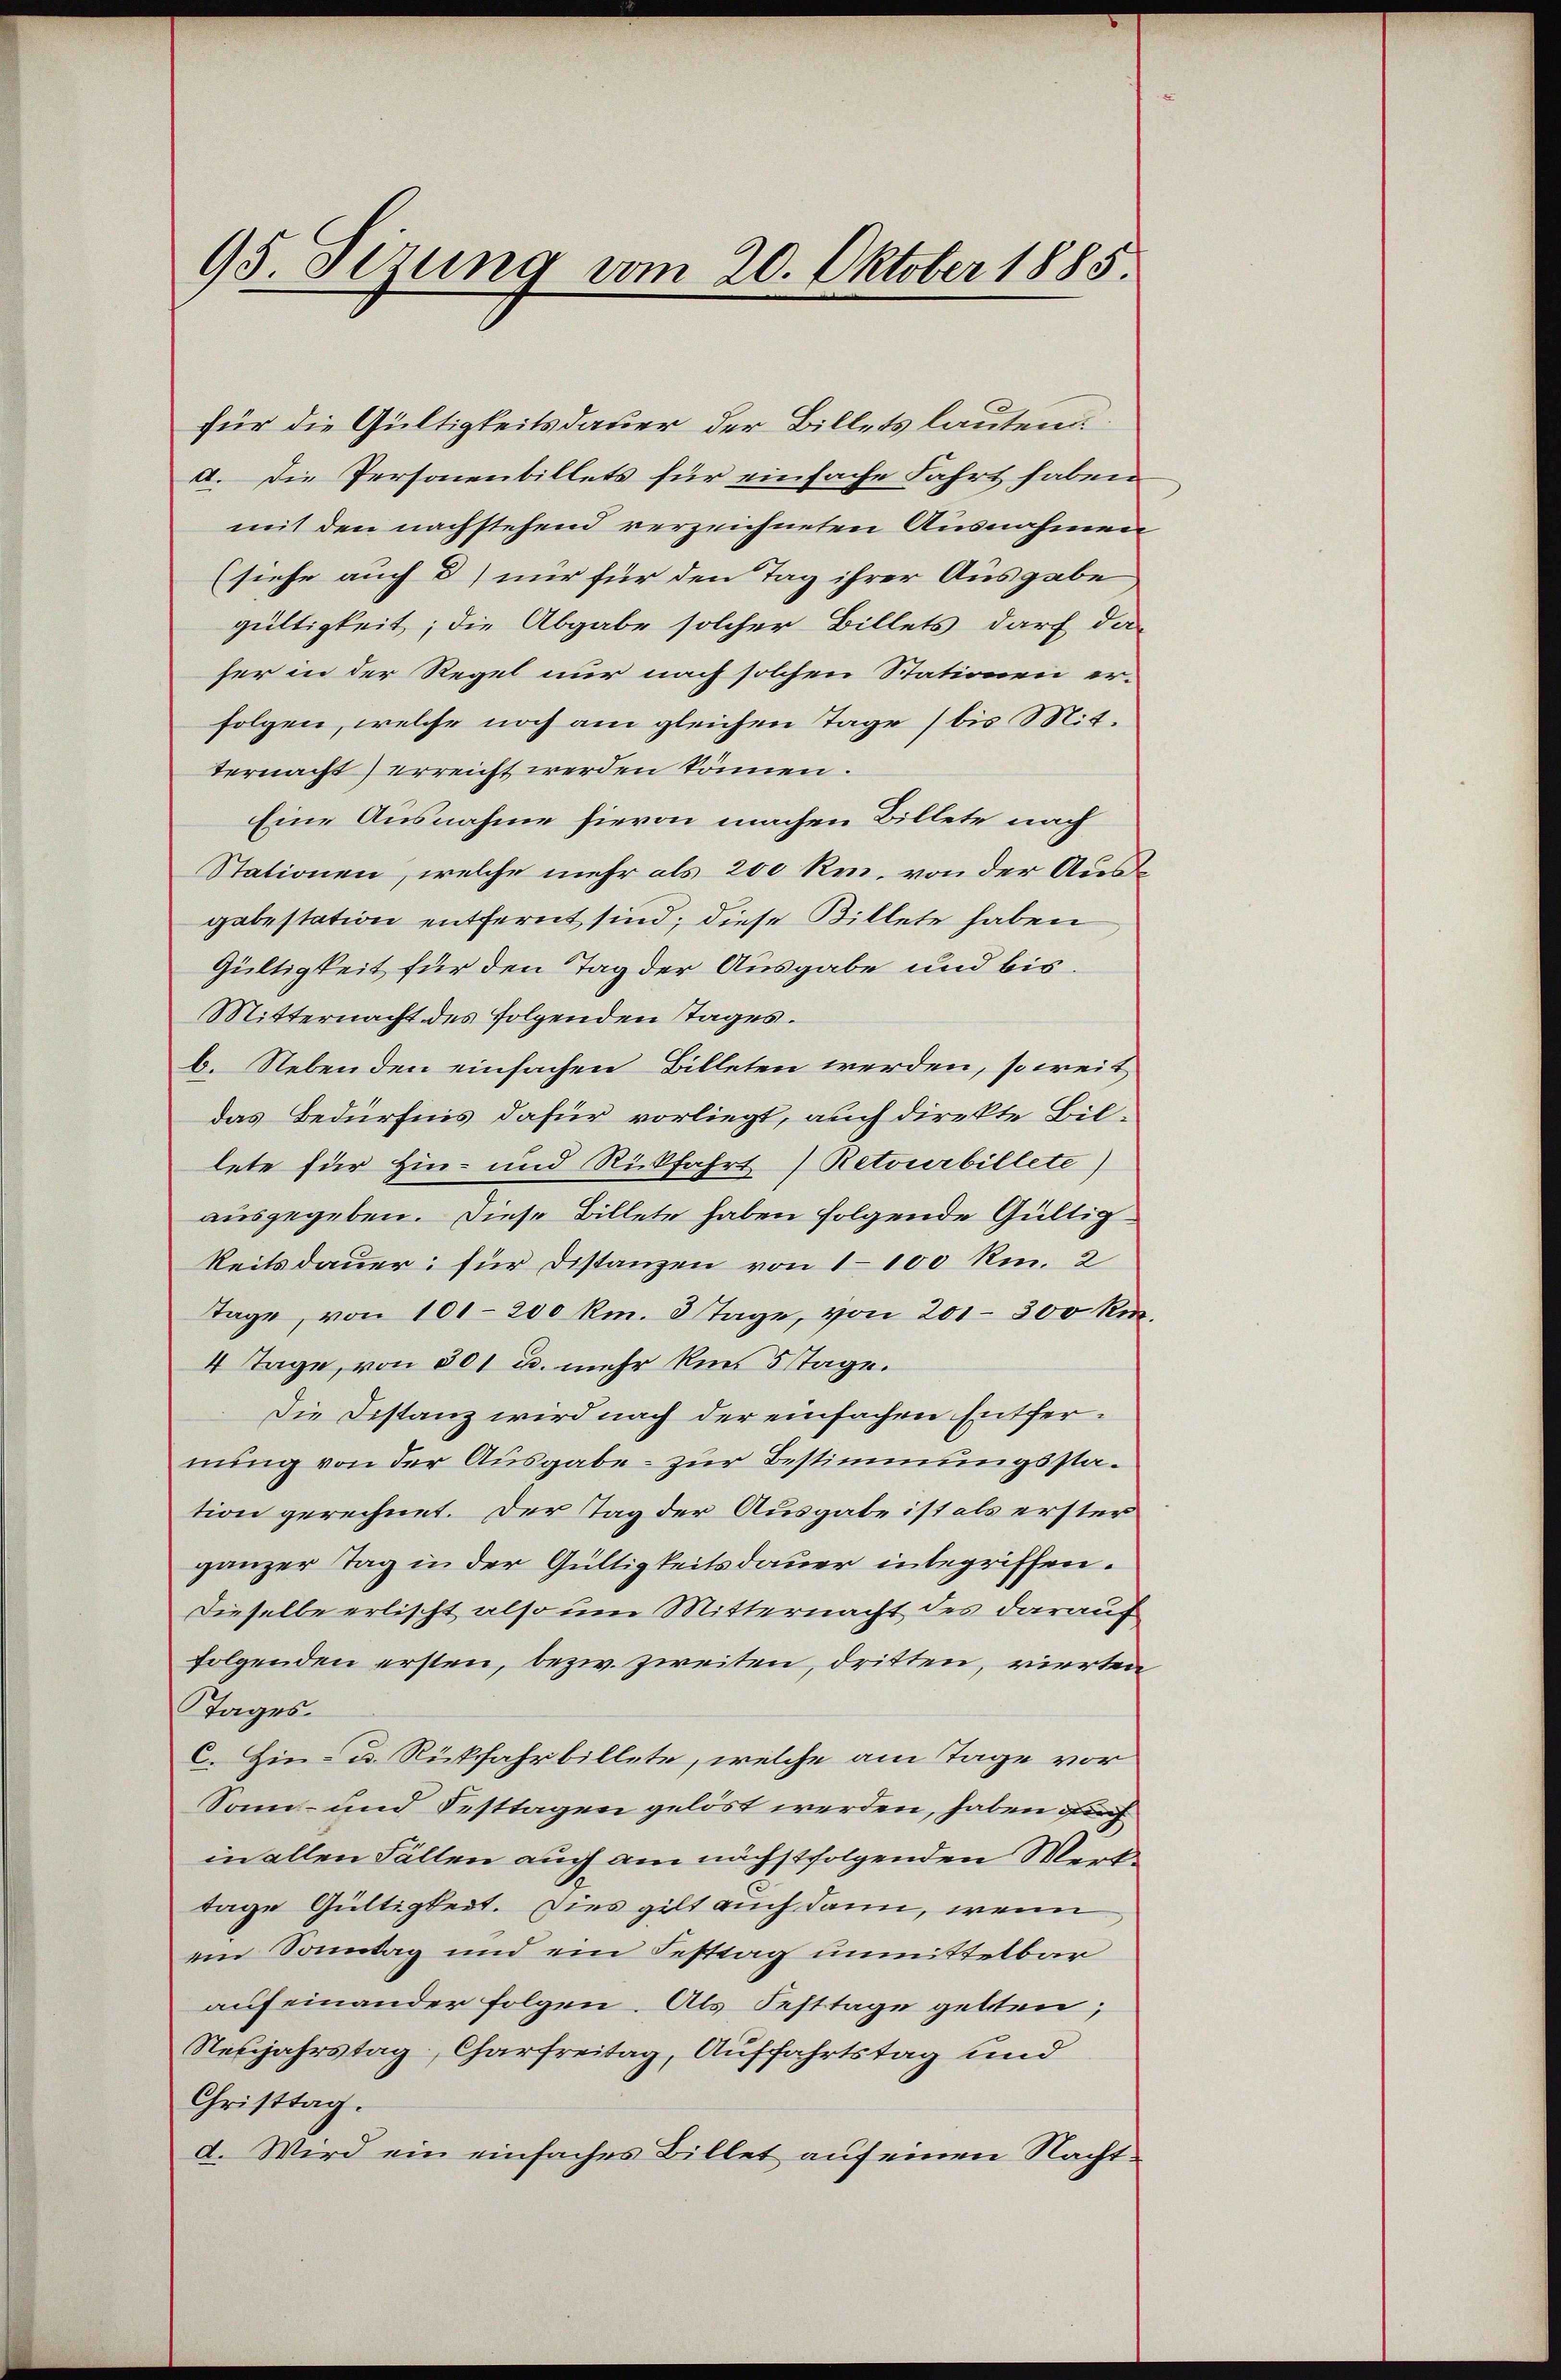
95 Sizung vom 20. Oktober 1885.

für die Gültigkeitsdauer der Billets lautend
a. Die Personenbillets für einfache Fahrt haben
mit den nachstehend verzeichneten Ausnahmen
(siehe auch d) nur für den Tag ihrer Ausgabe
gültigkeit; die Abgabe solcher Billets darf das
her in der Regel nur nach solchen Stationen er-
folgen, welche noch am gleichen Tage (bis Mitternacht) erreicht werden können.
Eine Ausnahme hievon machen Billete nach
Stationen, welche mehr als 200 Ro. von der Ausgabestation entfernt sind; diese Billete haben
Gültigkeit für den Tag der Ausgabe und bis¬
Mitternacht des folgenden Tages.
b. Nebenden einfachen Billeten werden, soweit
das Bedürfnis dafür vorliegt, auch direkte Bil-
lete für Hin- und Rückfahrt Retourbillete)
ausgegeben. Diese Billete haben folgende Gültig¬
Reitsdauer für Distanzen von 1100 Ro. 2
Tage, von 101-200 km. 3 Tage, von 201–300 Ro.
4 Tage, von 301 u. mehr kin 5stage.
Die Bestanz wird nach der einfachen Entfernung von der Ausgabe - zur Bestimmungsstation gerechnet. Der Tag der Ausgabe ist als erster
ganzer Tag in der Gültigkeitsdauer integriffen.
Dieselbe erlischt also um Mitternacht des darauf
folgenden ersten, bezw. zweiten, dritten, vierten
tages.
C. Hin- u. Rückfahrbillete, welche am Tage vor
Sonn- und Festtagen gelöst werden, haben auch
in allen Fällen auch am nächstfolgenden Werktage Gültigkeit. Dies gilt auch dann, wenn
ein Sonntag und ein Festtag unmittelbar
aufeinander folgen. Als Festtage gelten;
Neujahrstag, Charfreitag, Auffahrtstag und
Christtag.
d. Wird ein einfaches Billet auf einen Nacht¬